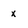
Character: x